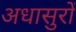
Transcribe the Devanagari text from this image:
अधासुरों